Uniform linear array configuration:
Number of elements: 24
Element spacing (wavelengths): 1
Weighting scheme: hamming
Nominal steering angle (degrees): -15
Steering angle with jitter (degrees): -16.279
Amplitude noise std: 0.05
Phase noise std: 0.05

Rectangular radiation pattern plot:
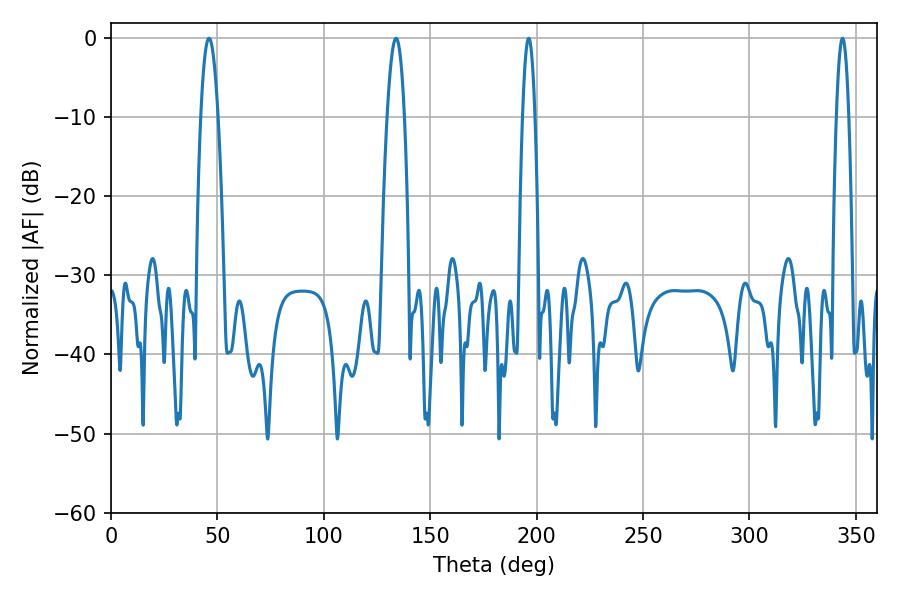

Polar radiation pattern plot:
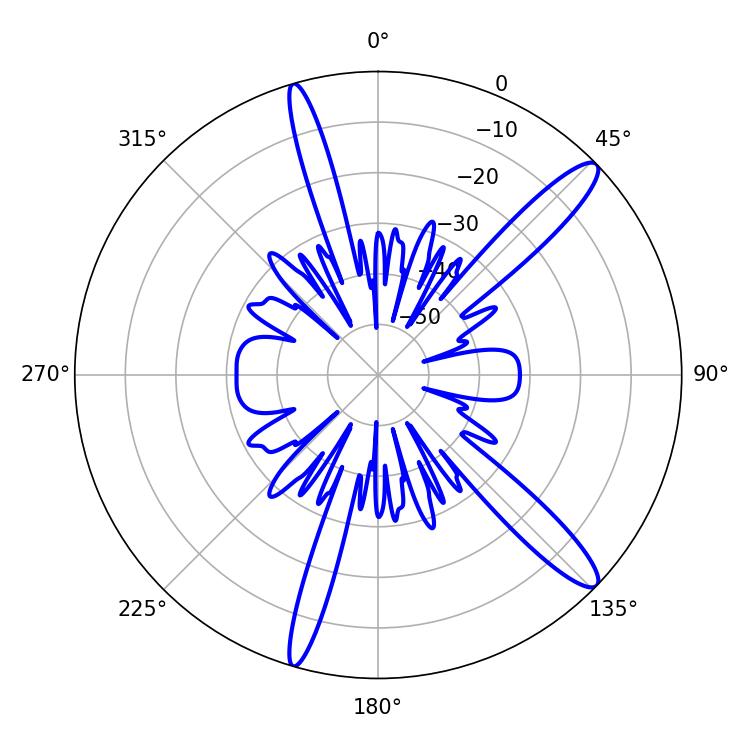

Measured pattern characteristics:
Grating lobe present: TRUE
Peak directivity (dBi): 13.592
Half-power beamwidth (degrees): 4.32
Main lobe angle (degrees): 46.08